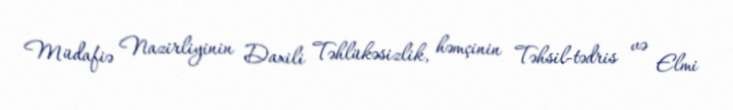
Müdafiə Nazirliyinin Daxili Təhlükəsizlik, həmçinin Təhsil-tədris və Elmi